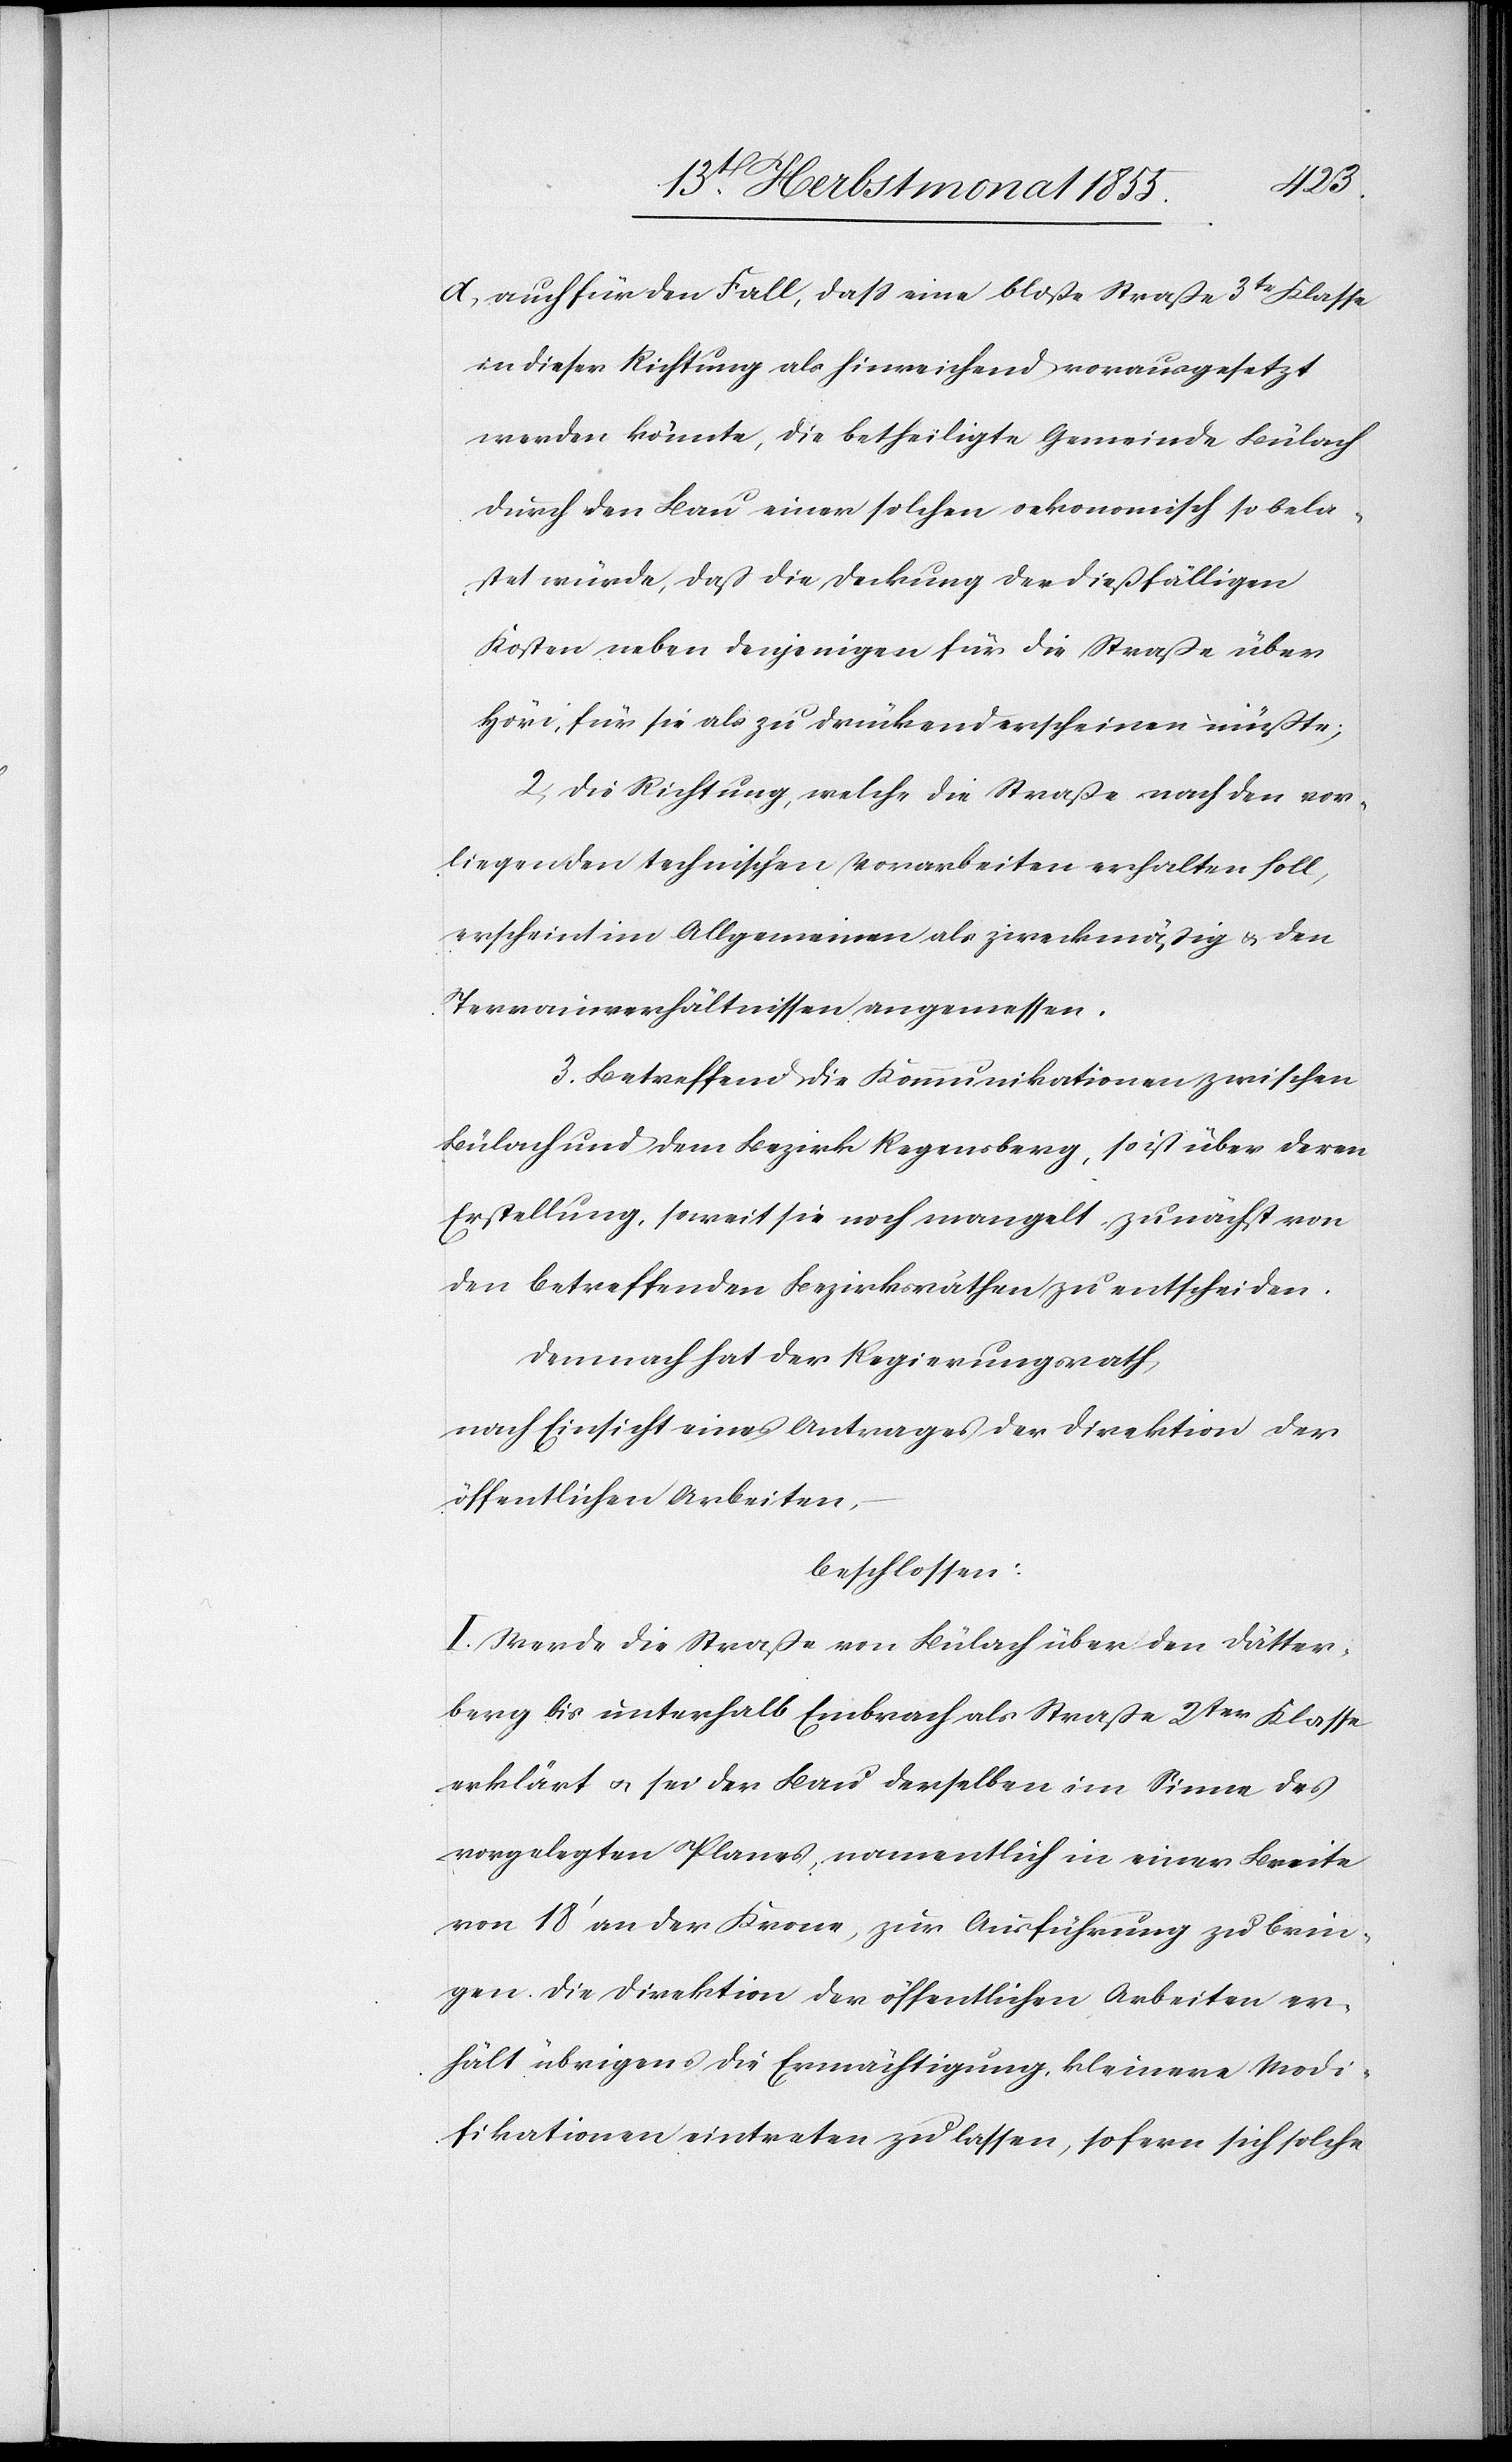
berg
auch für den Fall, dass eine bloße Straße 3tr Klasse
in dieser Richtung als hinreichend vorausgesetzt
werden könnte, die betheiligte Gemeinde Bülach
durch den Bau einer solchen oekonomisch so bela¬
stet würde, daß die Deckung der dießfälligen
Kosten neben denjenigen für die Straße über
Höri, für sie als zu drückend erscheinen müßte;
2, Die Richtung, welche die Straße nach den vor¬
liegenden technischen Vorarbeiten erhalten soll,
erscheint im Allgemeinen als zweckmäßig & den
Terrainverhältnissen angemessen.
3. Betreffend die Kommunikationen zwischen
Bülach und dem Bezirk Regensberg, so ist über deren
Erstellung, soweit sie noch mangelt, zunächst von
den betreffenden Bezirksräthen zu entscheiden.
Demnach hat der Regierungsrath,
nach Einsicht eines Antrages der Direktion der
öffentlichen Arbeiten,
beschlossen:
I. Werde die Straße von Bülach über den Dätter¬
bis unterhalb Embrach als Straße 2ter Klasse
erklärt & sei der Bau derselben im Sinne des
vorgelegten Planes, namentlich in einer Breite
von 18‘ an der Krone, zur Ausführung zu brin¬
gen. Die Direktion der öffentlichen Arbeiten er¬
hält übrigens die Ermächtigung, kleinere Modi¬
fikationen eintreten zu lassen, sofern sich solche